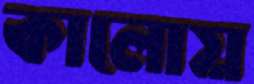
কালোয়